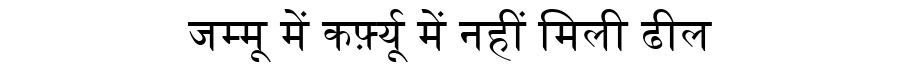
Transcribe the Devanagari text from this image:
जम्मू में कर्फ़्यू में नहीं मिली ढील